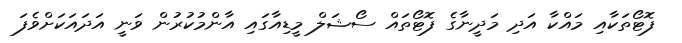
ފޮޓޯތަކާއި މައްކާ އަދި މަދީނާގެ ފޮޓޯތައް ސޯޝަލް މީޑިއާގައި އާންމުކުރުން ވަނީ އަދައަކަށްވެފަ